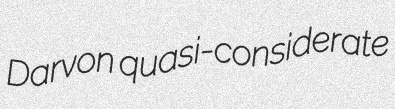
Darvon quasi-considerate